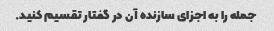
جمله را به اجزای سازنده آن در گفتار تقسیم کنید.